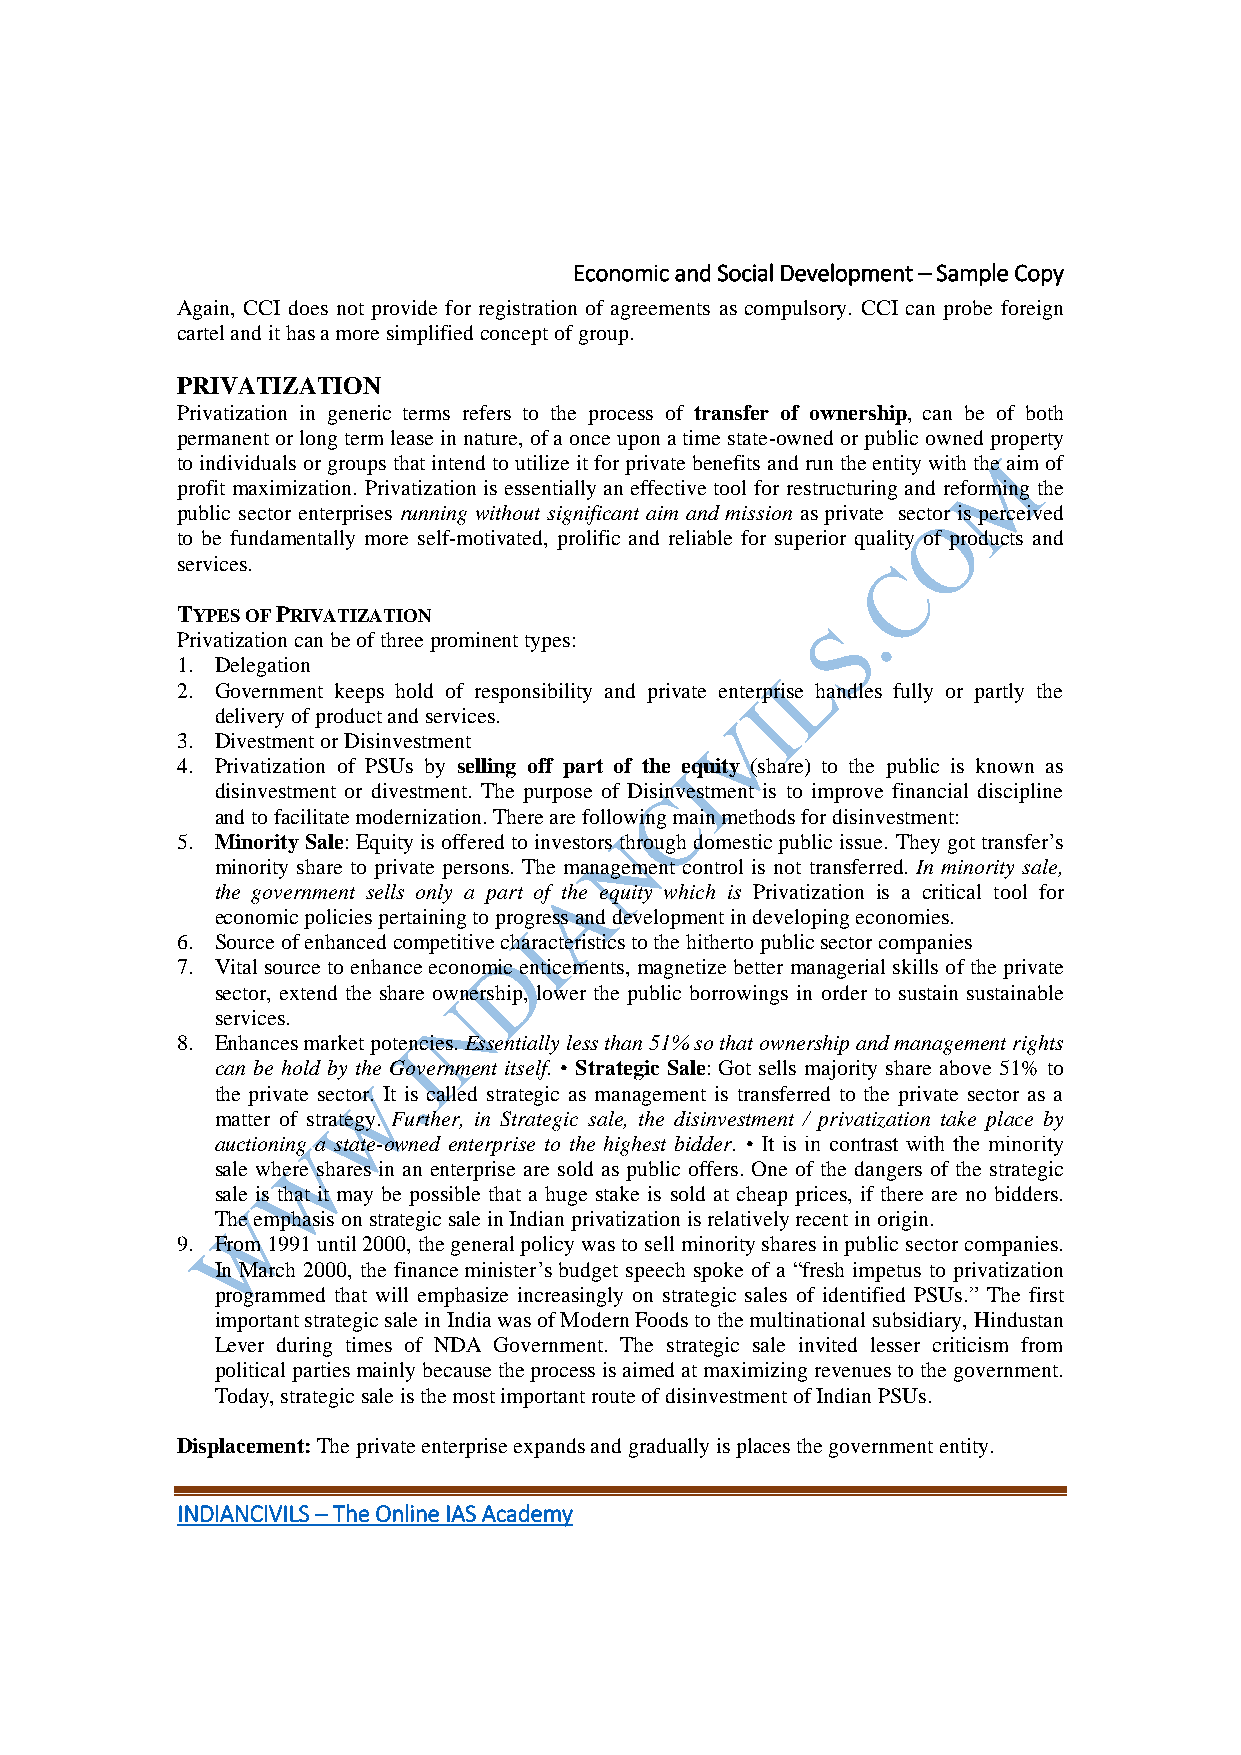
Economic and Social Development – Sample Copy
 Again, CCI does not provide for registration of agreements as compulsory. CCI can probe foreign
 cartel and it has a more simplified concept of group.
 PRIVATIZATION
 Privatization in generic terms refers to the process of transfer of ownership, can be of both
 permanent or long term lease in nature, of a once upon a time state-owned or public owned property
 to individuals or groups that intend to utilize it for private benefits and run the entity with the aim of
 profit maximization. Privatization is essentially an effective tool for restructuring and reforming the
 public sector enterprises running without significant aim and mission as private sector is perceived
 to be fundamentally more self-motivated, prolific and reliable for superior quality of products and
 services.
 TYPES OF PRIVATIZATION
 Privatization can be of three prominent types:
 1. Delegation
 2. Government keeps hold of responsibility and private enterprise handles fully or partly the
 delivery of product and services.
 3. Divestment or Disinvestment
 4. Privatization of PSUs by selling off part of the equity (share) to the public is known as
 disinvestment or divestment. The purpose of Disinvestment is to improve financial discipline
 and to facilitate modernization. There are following main methods for disinvestment:
 5. Minority Sale: Equity is offered to investors through domestic public issue. They got transfer’s
 minority share to private persons. The management control is not transferred. In minority sale,
 the government sells only a part of the equity which is Privatization is a critical tool for
 economic policies pertaining to progress and development in developing economies.
 6. Source of enhanced competitive characteristics to the hitherto public sector companies
 7. Vital source to enhance economic enticements, magnetize better managerial skills of the private
 sector, extend the share ownership, lower the public borrowings in order to sustain sustainable
 services.
 8. Enhances market potencies. Essentially less than 51% so that ownership and management rights
 can be hold by the Government itself. • Strategic Sale: Got sells majority share above 51% to
 the private sector. It is called strategic as management is transferred to the private sector as a
 matter of strategy. Further, in Strategic sale, the disinvestment / privatization take place by
 auctioning a state-owned enterprise to the highest bidder. • It is in contrast with the minority
 sale where shares in an enterprise are sold as public offers. One of the dangers of the strategic
 sale is that it may be possible that a huge stake is sold at cheap prices, if there are no bidders.
 The emphasis on strategic sale in Indian privatization is relatively recent in origin.
 9. From 1991 until 2000, the general policy was to sell minority shares in public sector companies.
 In March 2000, the finance minister’s budget speech spoke of a “fresh impetus to privatization
 programmed that will emphasize increasingly on strategic sales of identified PSUs.” The first
 important strategic sale in India was of Modern Foods to the multinational subsidiary, Hindustan
 Lever during times of NDA Government. The strategic sale invited lesser criticism from
 political parties mainly because the process is aimed at maximizing revenues to the government.
 Today, strategic sale is the most important route of disinvestment of Indian PSUs.
 Displacement: The private enterprise expands and gradually is places the government entity.
 INDIANCIVILS – The Online IAS Academy